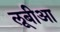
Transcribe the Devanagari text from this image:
लूबीआ